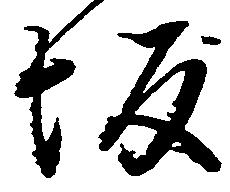
坂